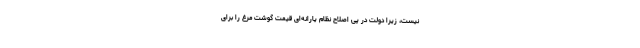
نیست، زیرا دولت در پی اصلاح نظام یارانه‌ای قیمت گوشت مرغ را برای